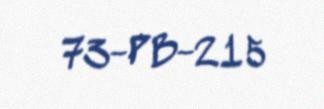
73-PB-215